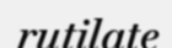
rutilate